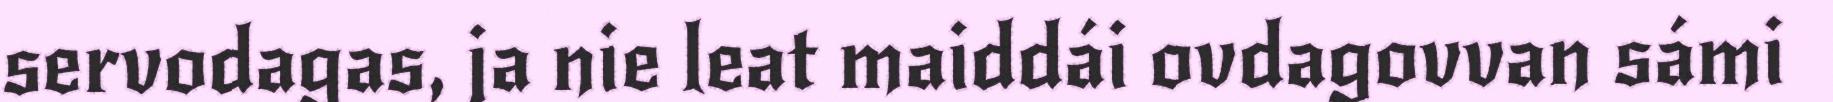
servodagas, ja nie leat maiddái ovdagovvan sámi